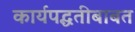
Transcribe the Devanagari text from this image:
कार्यपद्धतीबाबत